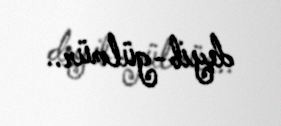
deyib-gülmür..